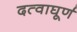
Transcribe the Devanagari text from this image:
दत्वाघूर्ण